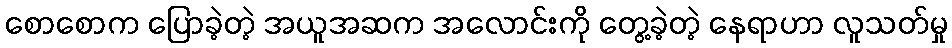
စောစောက ပြောခဲ့တဲ့ အယူအဆက အလောင်းကို တွေ့ခဲ့တဲ့ နေရာဟာ လူသတ်မှု